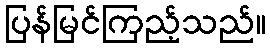
ပြန်မြင်ကြည့်သည်။